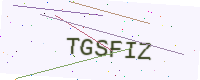
Text: TGSFIZ